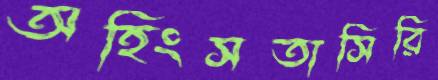
অহিংসতাসিরি